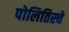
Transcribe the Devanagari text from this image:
पोलितिस्चे